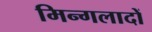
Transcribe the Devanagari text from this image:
मिन्गलादों